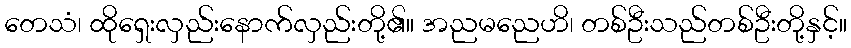
တေသံ၊ ထိုရှေးလှည်းနောက်လှည်းတို့၏။ အညမညေဟိ၊ တစ်ဦးသည်တစ်ဦးတို့နှင့်။